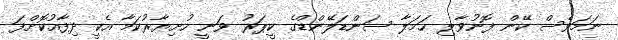
ނަމަވެސް ކޭން ފޮނުވާލި ހަމަލާ ސަންޑަލޭންޑްގެ ކީޕަރު ވަނީ ހުށިޔާރުކަމާ އެކީ ދިފާއުކޮށްފަ